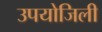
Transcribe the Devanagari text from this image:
उपयोजिली